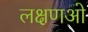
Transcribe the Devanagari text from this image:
लक्षणओ